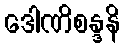
ဒေါဏိစန္ဒနိ